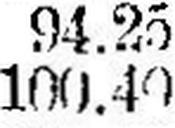
100.40